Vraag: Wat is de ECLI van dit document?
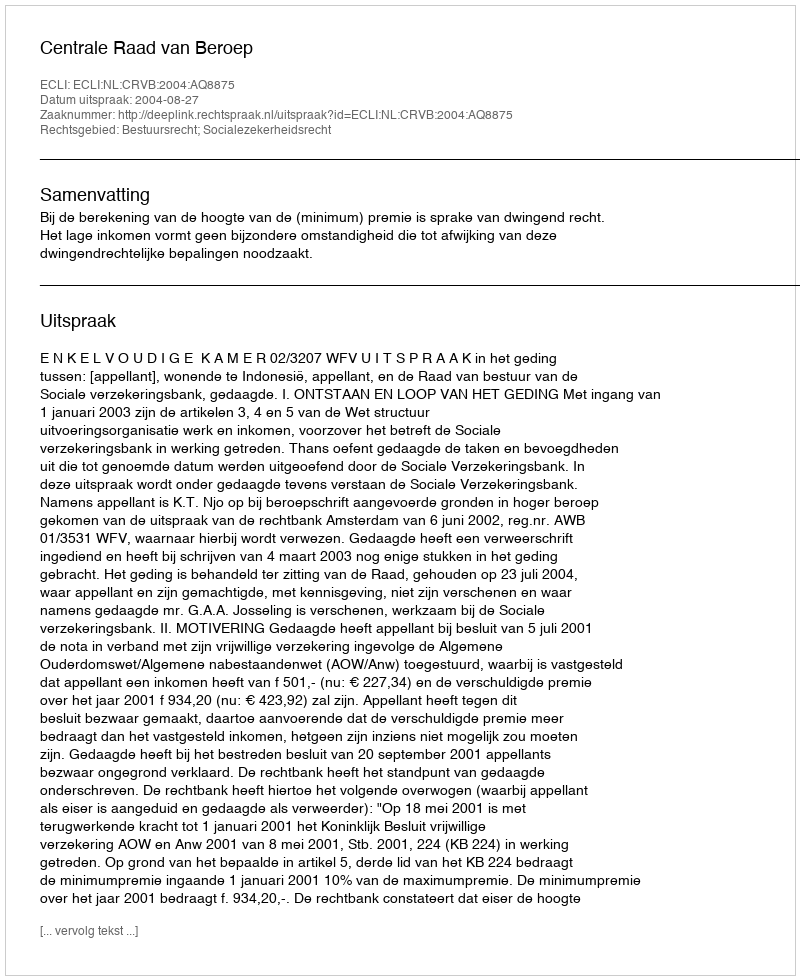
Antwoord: ECLI:NL:CRVB:2004:AQ8875